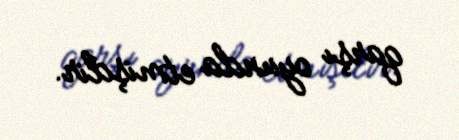
qarşı oyunda etmişdir.